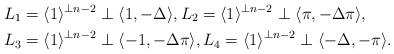
LaTeX: \begin{align*}&L_{1}=\langle 1\rangle ^{\perp n-2}\perp \langle 1,-\Delta \rangle,L_{2}=\langle 1\rangle^{\perp n-2}\perp \langle\pi,-\Delta\pi \rangle, \\&L_{3}= \langle 1\rangle ^{\perp n-2}\perp \langle -1, -\Delta\pi \rangle, L_{4}=\langle 1 \rangle^{\perp n-2}\perp \langle -\Delta,-\pi \rangle. \end{align*}